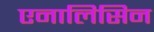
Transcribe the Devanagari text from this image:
एनालिसिन